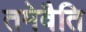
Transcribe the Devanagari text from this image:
तमेवैति